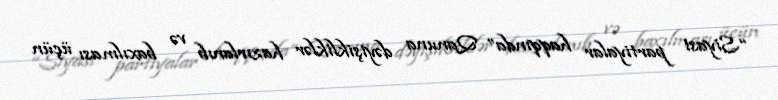
“Siyasi partiyalar haqqında” Qanuna dəyişikliklər hazırlanıb və baxılması üçün